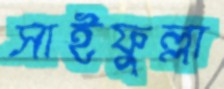
সাইফুল্লা